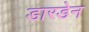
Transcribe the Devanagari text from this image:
डारडेन